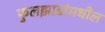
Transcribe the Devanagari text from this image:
फुलझाडांमधील